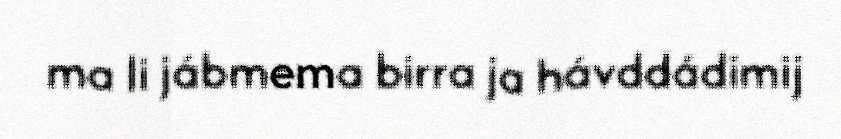
ma li jábmema birra ja hávddádimij